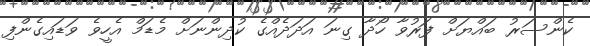
ކެންސަރު ބައްޔަށް ފަރުވާ ހޯދާ ގިނަ އަދަދެއްގެ ކުދިންނަށް މެޑަމް އެހީވެ ވަޑައިގެންފި